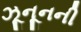
ઝૂનૂનની